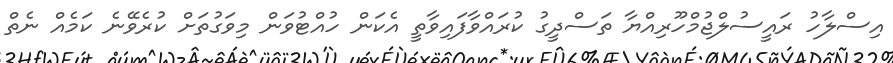
އިސްލާހު ރައީސުލްޖުމްހޫރިއްޔާ ތަސްދީގު ކުރައްވާފައިވާތީ އެކަން ހުއްޓުވަން މިވަގުތަށް ކުރެވޭނެ ކަމެއް ނެތް